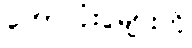
ဘောလုံးပွဲများကို